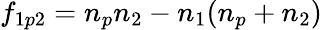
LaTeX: f_{1p2}=n_{p}n_{2}-n_{1}(n_{p}+n_{2})